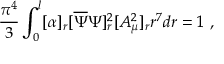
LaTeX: \frac { \pi ^ { 4 } } { 3 } \int _ { 0 } ^ { l } [ \alpha ] _ { r } [ \overline { { { \Psi } } } \Psi ] _ { r } ^ { 2 } [ A _ { \mu } ^ { 2 } ] _ { r } r ^ { 7 } d r = 1 ~ ,